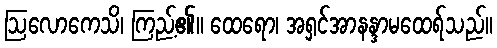
ဩလောကေသိ၊ ကြည့်၏။ ထေရော၊ အရှင်အာနန္ဒာမထေရ်သည်။